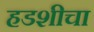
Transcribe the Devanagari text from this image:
हडशीचा